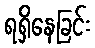
ရရှိနေခြင်း